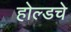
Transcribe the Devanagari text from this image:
होल्डचे